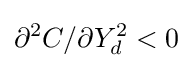
\partial ^{2}C/\partial Y_{d}^{2}<0